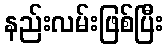
နည်းလမ်းဖြစ်ပြီး